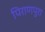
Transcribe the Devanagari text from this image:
पिराणपुरा